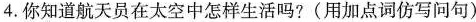
4.你知道航天员在太空中怎样生活吗?(用加点词仿写问句)